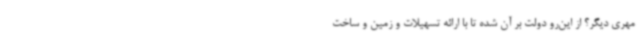
مهری دیگر؟ از این‌رو دولت بر آن شده تا با ارائه تسهیلات و زمین و ساخت